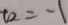
t _ { 2 } = - 1